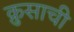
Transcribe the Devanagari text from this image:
क्रुसाची